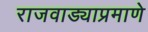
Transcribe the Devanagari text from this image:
राजवाड्याप्रमाणे